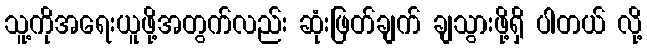
သူ့ကိုအရေးယူဖို့အတွက်လည်း ဆုံးဖြတ်ချက် ချသွားဖို့ရှိ ပါတယ် လို့